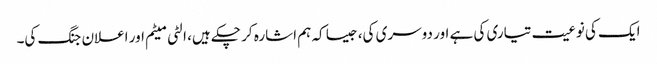
ایک کی نوعیت تیاری کی ہے اور دوسری کی، جیسا کہ ہم اشارہ کر چکے ہیں، الٹی میٹم اور اعلان جنگ کی۔